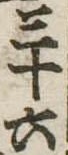
三十六